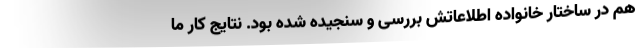
هم در ساختار خانواده اطلاعاتش بررسی و سنجیده شده بود. نتایج کار ما